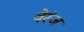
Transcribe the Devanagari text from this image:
वेरंज